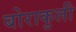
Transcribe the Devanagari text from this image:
बोराकुली